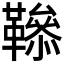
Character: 𩍑